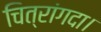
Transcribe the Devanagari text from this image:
चित्रांगदा।